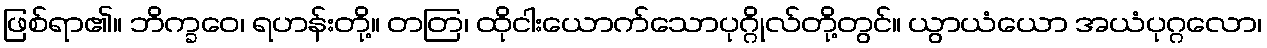
ဖြစ်ရာ၏။ ဘိက္ခဝေ၊ ရဟန်းတို့။ တတြ၊ ထိုငါးယောက်သောပုဂ္ဂိုလ်တို့တွင်။ ယွာယံယော အယံပုဂ္ဂလော၊